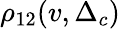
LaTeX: \rho_{12}(v,\Delta_{c})